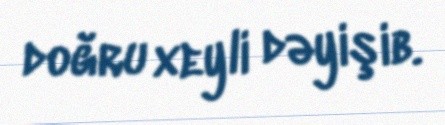
doğru xeyli dəyişib.